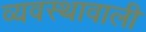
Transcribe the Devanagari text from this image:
व्यवस्थावाली